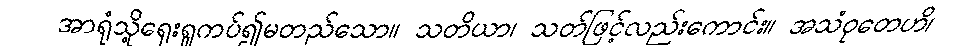
အာရုံသို့ရှေးရှုကပ်၍မတည်သော။ သတိယာ၊ သတ်ဖြင့်လည်းကောင်း။ အသံဝုတေဟိ၊